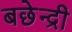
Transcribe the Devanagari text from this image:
बछेन्द्री